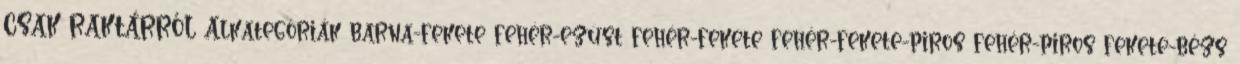
CSAK RAKTÁRRÓL Alkategóriák barna-fekete fehér-ezüst fehér-fekete fehér-fekete-piros fehér-piros fekete-bézs